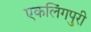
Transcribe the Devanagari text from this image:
एकलिंगपुरी